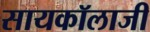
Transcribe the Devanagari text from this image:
सायकॉलाजी